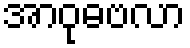
အာဝုဓဗလာ